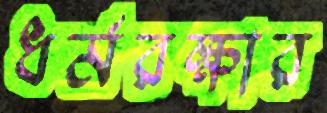
ধর্মরক্ষার